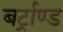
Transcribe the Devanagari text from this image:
बर्ट्राण्ड